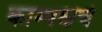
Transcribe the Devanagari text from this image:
काम्बक्षचे